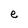
Character: e